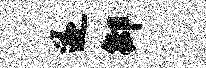
遂御